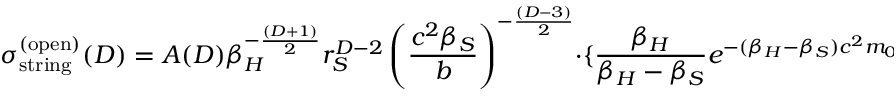
\sigma _ { \mathrm { s t r i n g } } ^ { ( \mathrm { o p e n } ) } ( D ) = A ( D ) \beta _ { H } ^ { - \frac { ( D + 1 ) } { 2 } } \: r _ { S } ^ { D - 2 } \: \left( \frac { c ^ { 2 } \beta _ { S } } { b } \right) ^ { - \frac { ( D - 3 ) } { 2 } } \: \cdot \: \lbrace \frac { \beta _ { H } } { \beta _ { H } - \beta _ { S } } \: e ^ { - ( \beta _ { H } - \beta _ { S } ) c ^ { 2 } m _ { 0 } } \: - \: E _ { i } \left( - ( \beta _ { H } - \beta _ { S } ) c ^ { 2 } m _ { 0 } \right) \rbrace